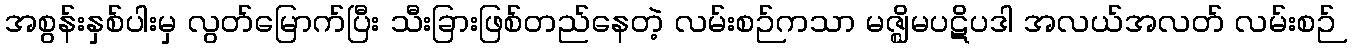
အစွန်းနှစ်ပါးမှ လွတ်မြောက်ပြီး သီးခြားဖြစ်တည်နေတဲ့ လမ်းစဉ်ကသာ မဇ္ဈိမပဋိပဒါ အလယ်အလတ် လမ်းစဉ်